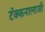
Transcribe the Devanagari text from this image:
टॅक्कनालाजी